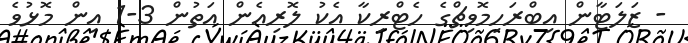
- ޒަލަޓާން އިބްރަހިމޮވިޗްގެ ހެޓްރިކާ އެކު ލޮރިއެން އަތުން 3-1 އިން މޮޅުވެ